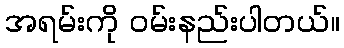
အရမ်းကို ဝမ်းနည်းပါတယ်။